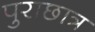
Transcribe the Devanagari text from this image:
पुराछात्र